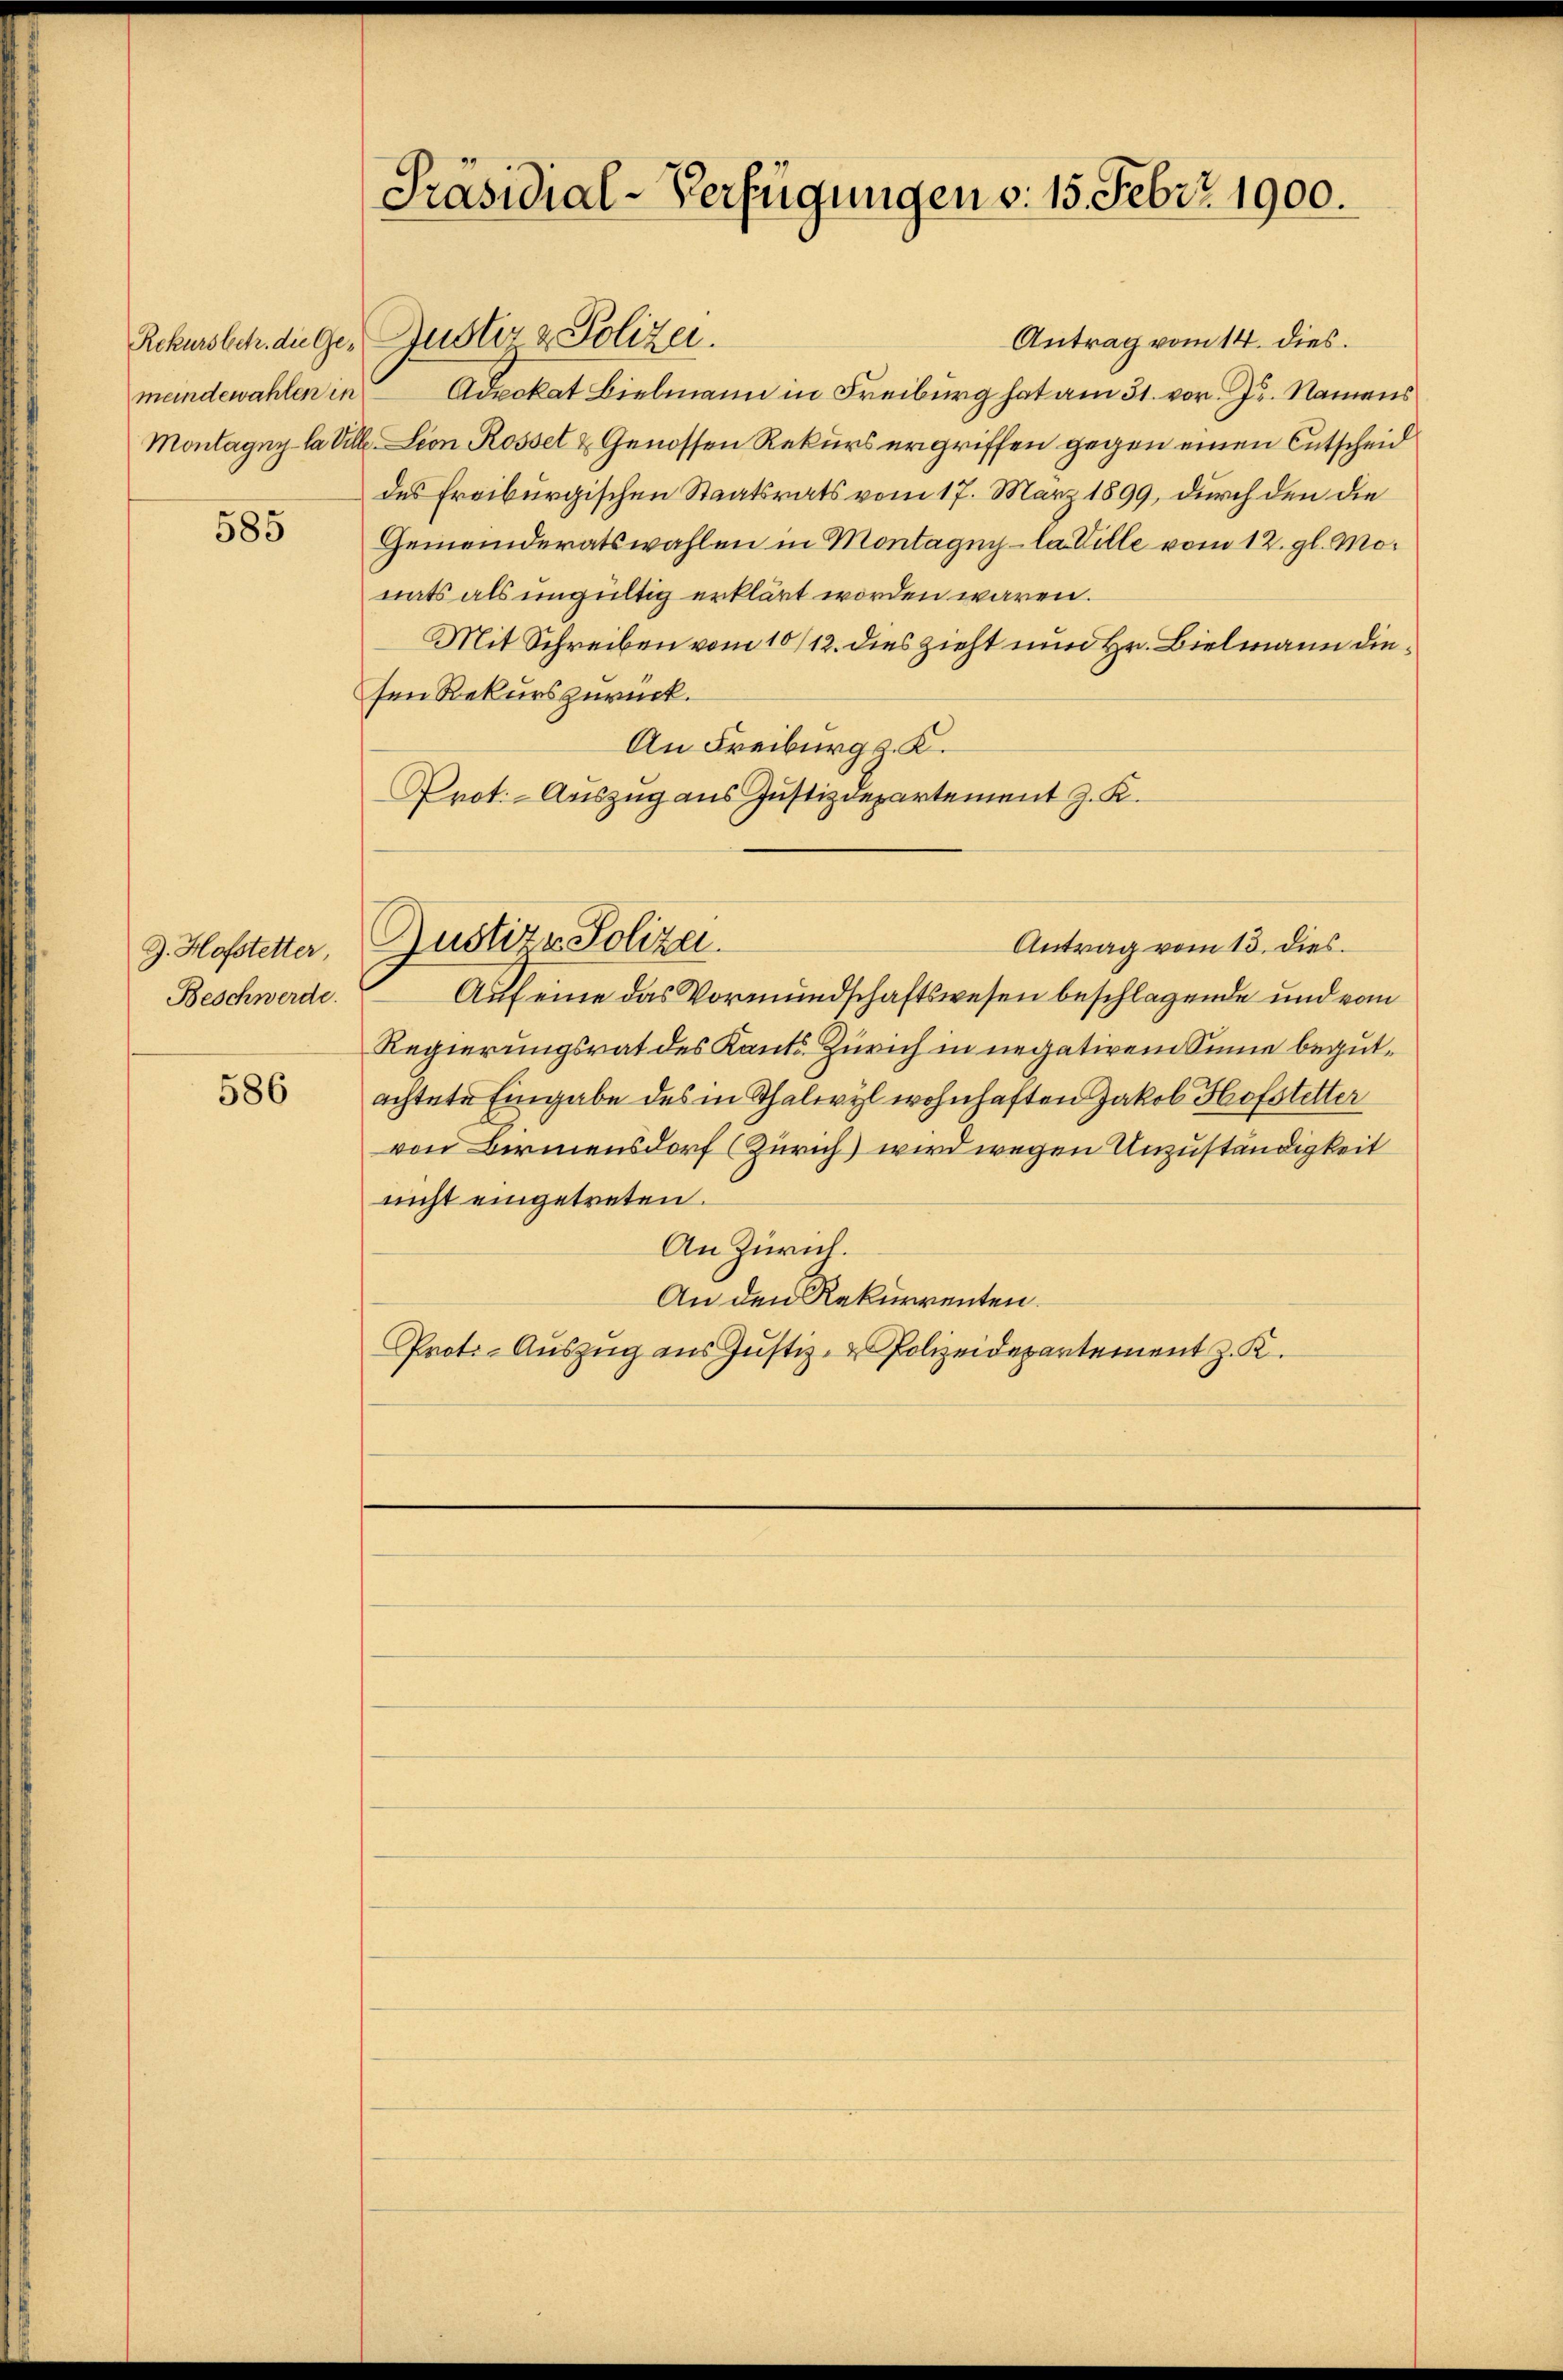
meindewahlen in

585

J. Hofstetter,
Beschwerde.

586

Antrag vom 14. dies.
Rekurssch. die Ge- Justiz & Polizei.
Advokat Bielmann in Freiburg hat am 31. vor. Js. Namens
Montagny la Ville Lion Rosset & Genossen Rekurs ergriffen gegen einen Entscheid
des Ereiburgischen Staatsrats vom 17. März 1899, durch den die
Gemeinderatswahlen in Montagny- la Ville vom 12. gl. Monats als ungültig erklärt worden wären.
Mit Schreiben vom 10/12. dies zieht nun Hr. Bielmann diesen Rekurs zurück.
An Freiburg z. K.
Prot.-Auszug aus Justizdepartement J. K.

Präsidial-Verfügungen v. 15. Febr. 1900.

Antrag vom 13. dies
Auf eine das Vormundschaftswesen beschlagende und vom
Regierungsrat des Kants. Zürich in negativem Sinne begutachtete Eingabe des in Thalwyl wohnhaften Jakob Hofstetter
von Birmensdorf (Zürich) wird wegen Unzuständigkeit
nicht eingetreten.
An Zürich.
An den Rekurrenten.
Proto-Auszug aus Justiz- & Polizeidepartement z. K

Justiz- Polizei.